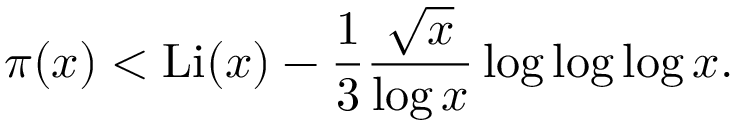
\pi ( x ) < \operatorname { L i } ( x ) - { \frac { 1 } { 3 } } { \frac { \sqrt { x } } { \log x } } \log \log \log x .